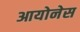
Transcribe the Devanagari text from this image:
आयोनेस